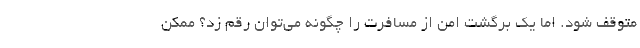
متوقف شود. اما یک برگشت امن از مسافرت را چگونه می‌توان رقم زد؟ ممکن